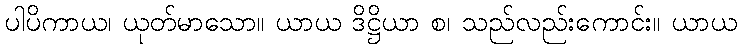
ပါပိကာယ၊ ယုတ်မာသော။ ယာယ ဒိဋ္ဌိယာ စ၊ သည်လည်းကောင်း။ ယာယ